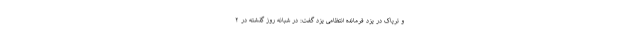
و تریاک در یزد فرمانده انتظامی یزد گفت: در شبانه‌ روز گذشته در ۲